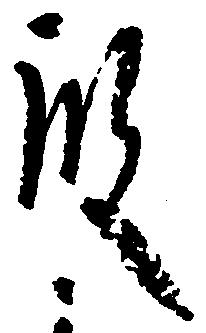
殿